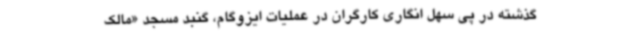
گذشته در پی سهل انگاری کارگران در عملیات ایزوگام، گنبد مسجد «مالک